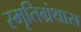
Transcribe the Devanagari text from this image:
स्मृतिग्रंथास